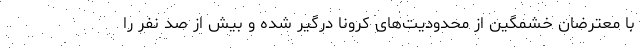
با معترضان خشمگین از محدودیت‌های کرونا درگیر شده و بیش از صد نفر را